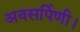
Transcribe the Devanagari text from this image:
अवसर्पिणी।